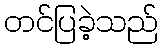
တင်ပြခဲ့သည်